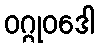
ဝဂ္ဂုဝဒေါ